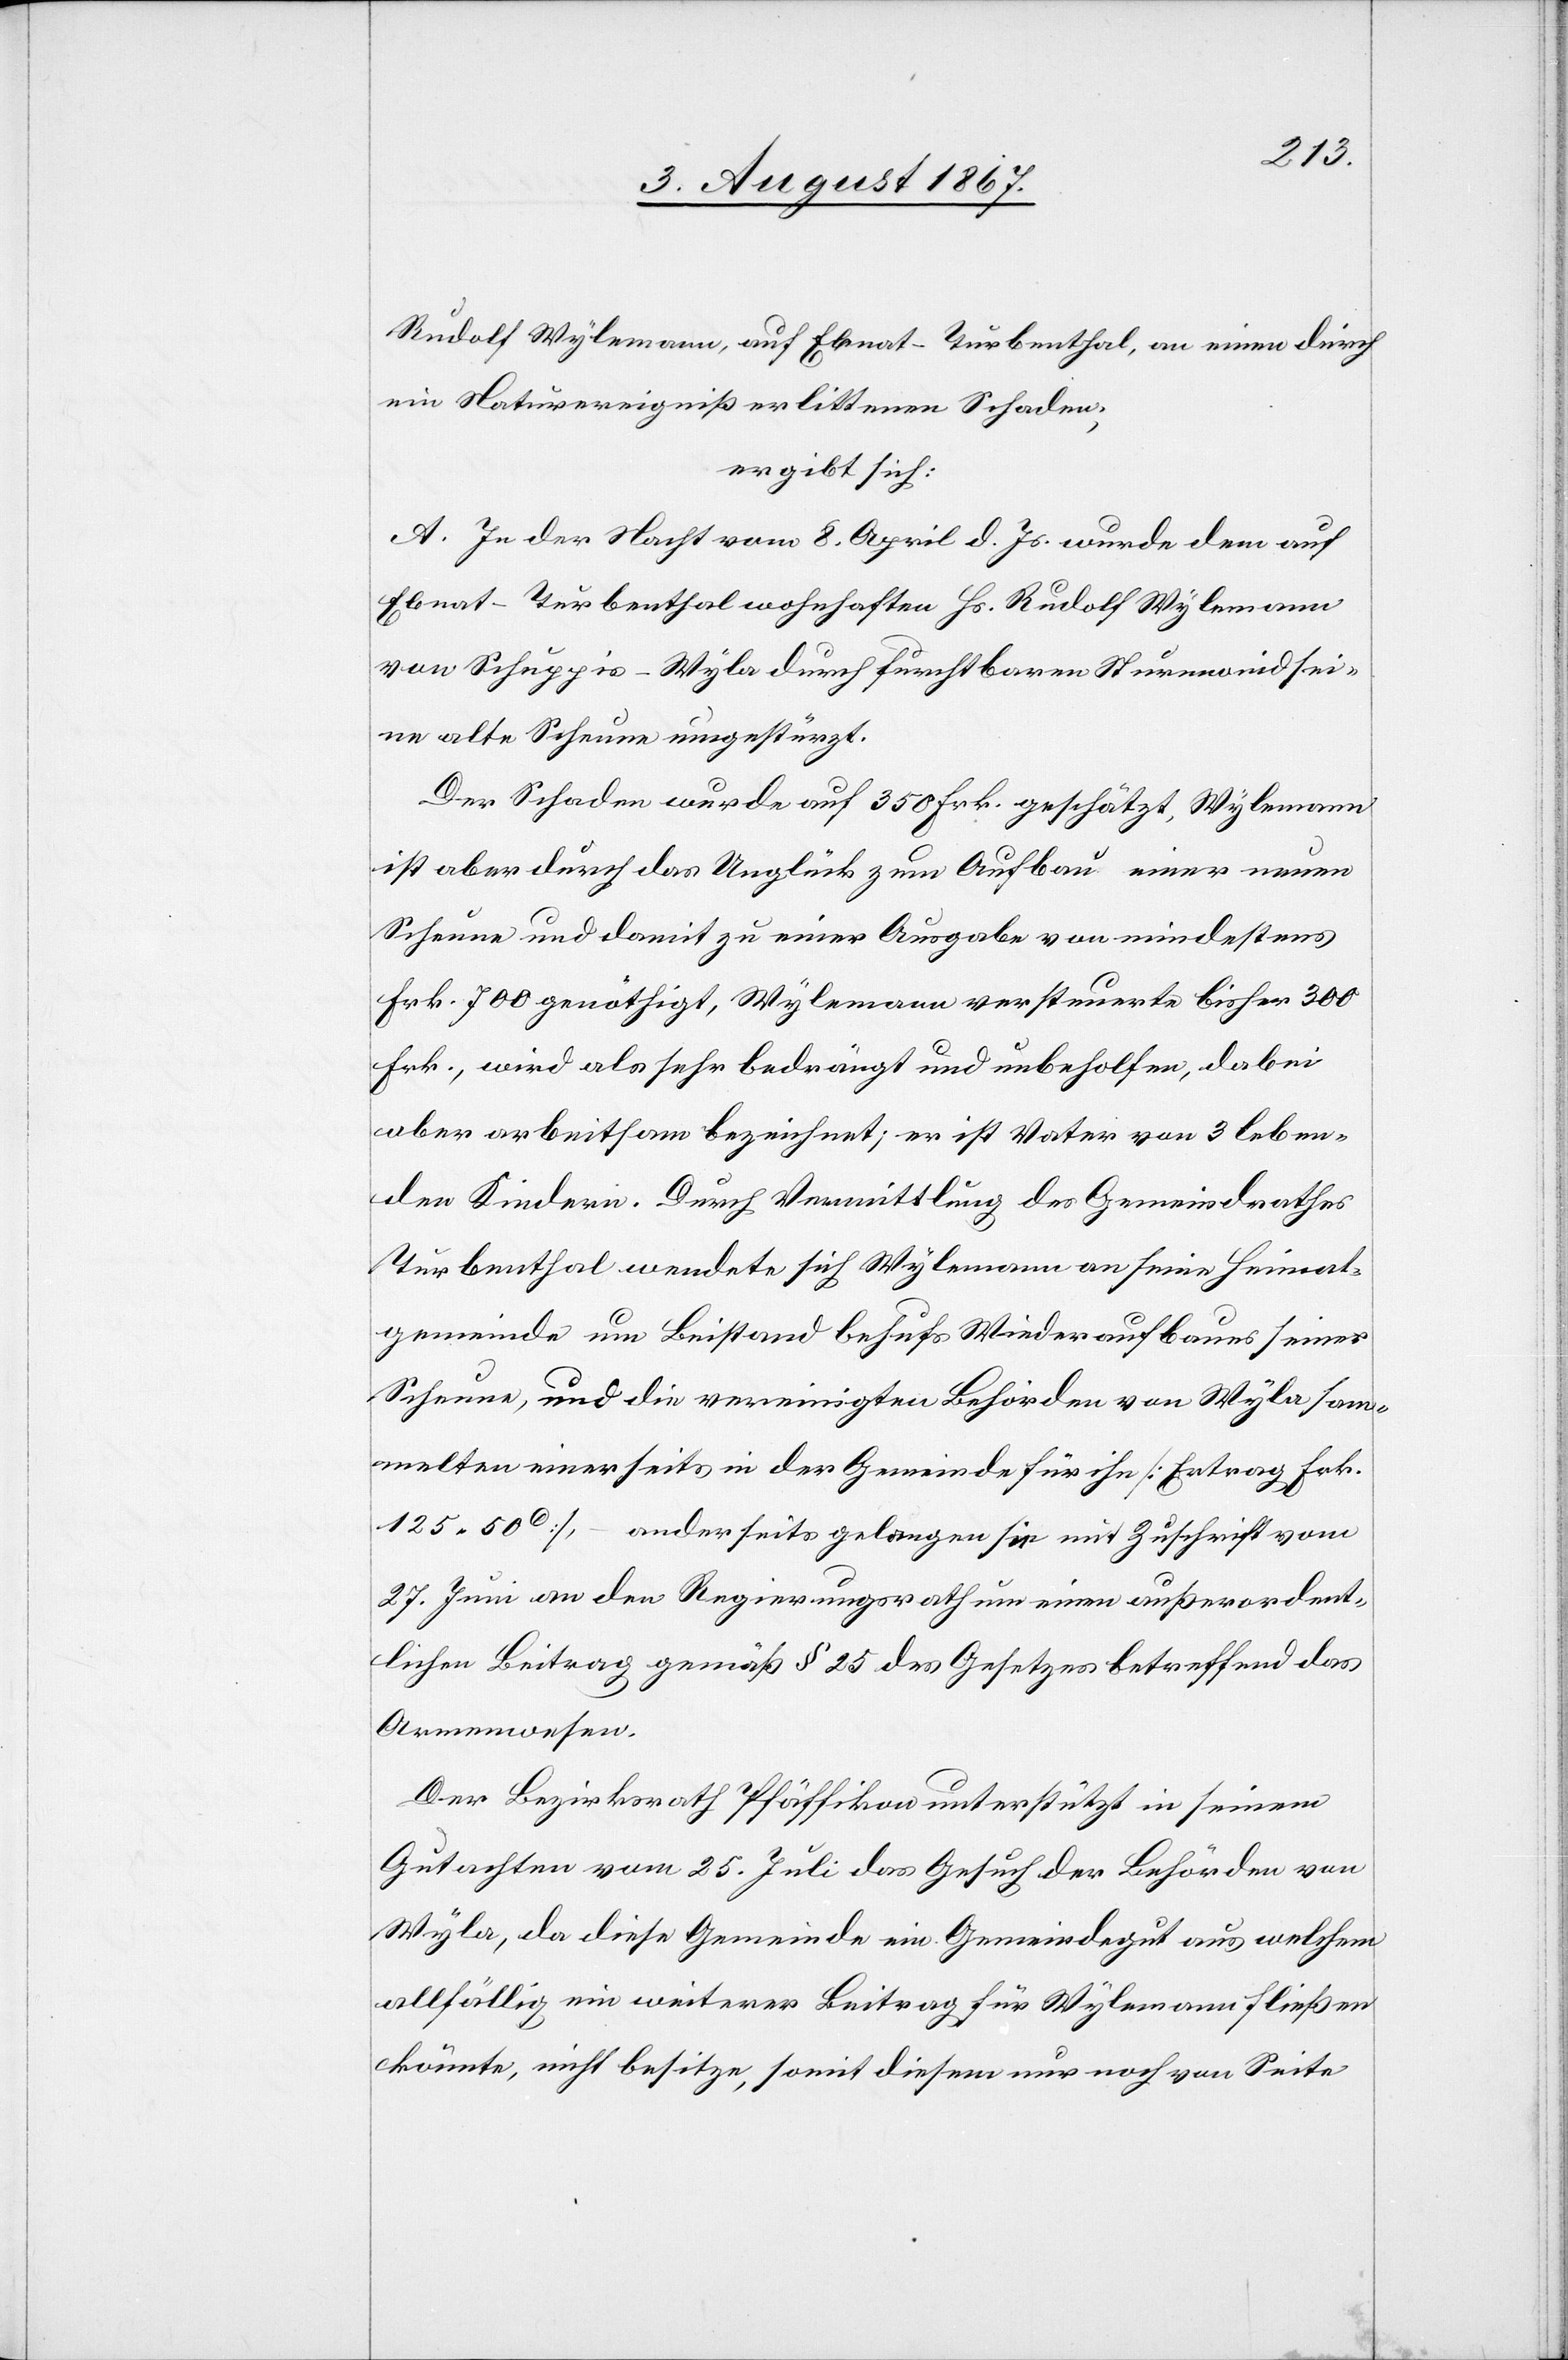
Rudolf Wylemann, auf Ebnat-Turbenthal, an einen durch
ein Naturereigniß erlittenen Schaden,
ergibt sich:
A. In der Nacht vom 8. April d. Js. wurde dem auf
Ebnat-Turbenthal wohnhaften Hs. Rudolf Wylemann
von Schuppi-Wyla durch furchtbaren Sturmwind sei¬
ne alte Scheune umgestürzt.
Der Schaden wurde auf 350 Frk. geschätzt, Wylemann
ist aber durch das Unglück zum Aufbau einer neuen
Scheune und damit zu einer Ausgabe von mindestens
Frk. 700 genöthigt, Wylemann versteuerte bisher 300
Frk., wird als sehr bedrängt und unbeholfen, dabei
aber arbeitsam bezeichnet; er ist Vater von 3 leben¬
den Kindern. Durch Vermittlung des Gemeindrathes
Turbenthal wendete sich Wylemann an seine Heimat¬
gemeinde um Beistand behufs Wiederaufbaues seiner
Scheune, und die vereinigten Behörden von Wyla sam¬
melten einerseits in der Gemeinde für ihn [Ertrag Frk.
125.50c], – anderseits gelangen sie mit Zuschrift vom
27. Juni an den Regierungsrath um einen außerordent¬
lichen Beitrag gemäß § 25 des Gesetzes betreffend das
Armenwesen.
Der Bezirksrath Pfäffikon unterstützt in seinem
Gutachten vom 25. Juli das Gesuch der Behörde von
Wyla, da diese Gemeinde ein Gemeindegut aus welchem
allfällig ein weiterer Beitrag für Wylemann fließen
könnte, nicht besitze, somit diesem nur noch von Seite